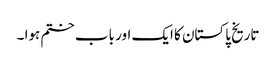
تاریخ پاکستان کا ایک اور باب ختم ہوا ۔